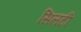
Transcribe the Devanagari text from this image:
सिलटी